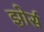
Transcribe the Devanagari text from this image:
झोर्स